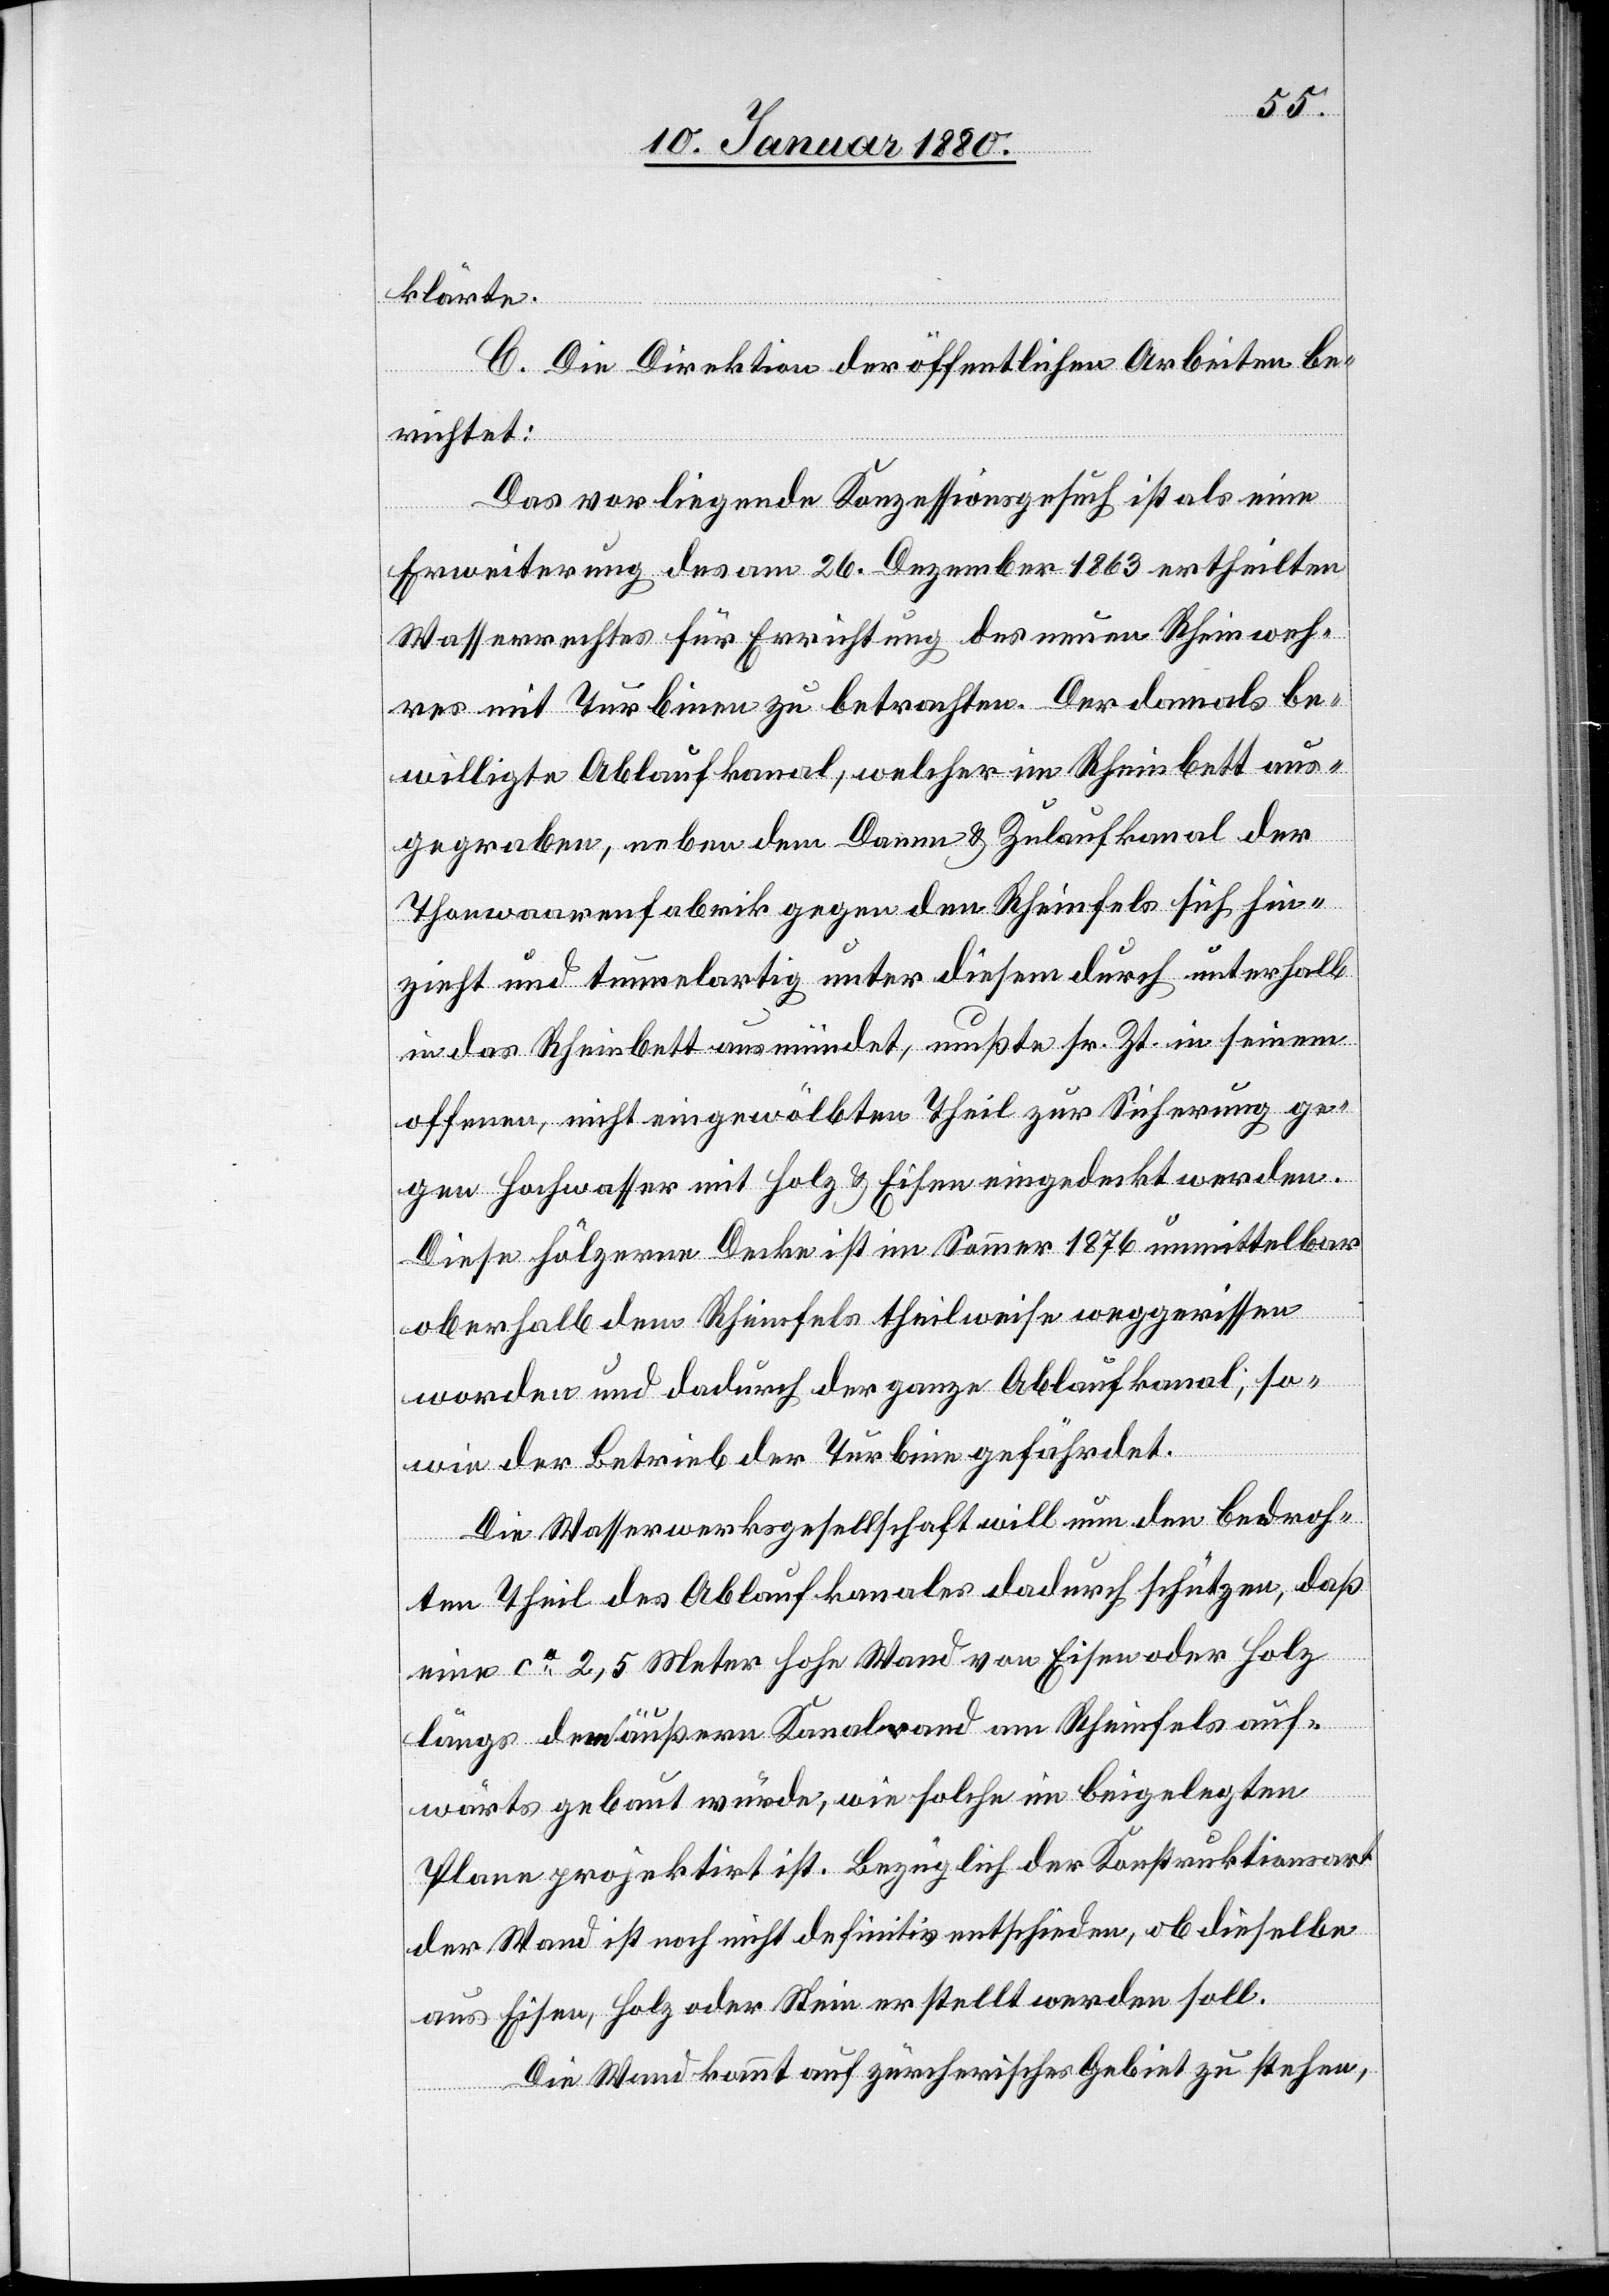
klärte.
C- Die Direktion der öffentlichen Arbeiten be¬
richtet:
Das vorliegende Konzessionsgesuch ist als eine
Erweiterung des am 26. Dezember 1863 ertheilten
Wasserrechtes für Errichtung des neuen Rheinweh¬
res mit Turbinen zu betrachten. Der damals be¬
willigte Ablaufkanal, welcher im Rheinbett aus¬
gegraben, neben dem Damm & Zulaufkanal der
Thonwaarenfabrik gegen den Rheinfels sich hin¬
zieht und Tunnelartig unter diesem durch unterhalb
in das Rheinbett ausmündet, mußte sr. Zt. in seinem
offenen, nicht eingewölbten Theil zur Sicherung ge¬
gen Hochwasser mit Holz & Eisen eingedeckt werden.
Diese hölzerne Decke ist im Sommer 1876 unmittelbar
oberhalb dem Rheinfels theilweise weggerissen
worden und dadurch der ganze Ablaufkanal, so¬
wie der Betrieb der Turbine gefährdet.
Die Wasserwerksgesellschaft will nun den bedroh¬
ten Theil des Ablaufkanales dadurch schützen, daß
eine ca 2,5 Meter hohe Wand von Eisen oder Holz
längs der äußern Kanalwand am Rheinfels auf¬
wärts gebaut würde, wie solche im beigelegten
Plane projektirt ist. Bezüglich der Konstruktionsart
der Wand ist noch nicht definitiv entschieden, ob dieselbe
aus Eisen, Holz oder Stein erstellt werden soll.
Die Wand kommt auf zürcherisches Gebiet zu stehen,